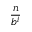
\frac { n } { b ^ { i } }